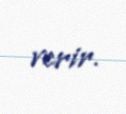
verir.